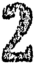
2